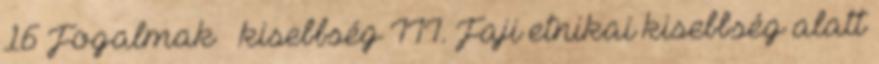
16 Fogalmak – kisebbség III. Faji etnikai kisebbség alatt